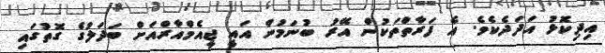
އިދިކޮޅު އަދަދެކެވެ. އެ ފަރާތްތަކުން އޭރު ބުނަމުން އައީ ޖީއެމްއާރްއަށް ބަދަލުގެ ގޮތުގައި